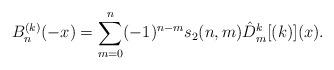
LaTeX: \begin{align*} B_n^{(k)} (-x) = \sum_{m=0}^n (-1)^{n-m} s_2 (n,m) \hat{D}_m^k [(k)](x).\end{align*}